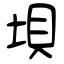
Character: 垻